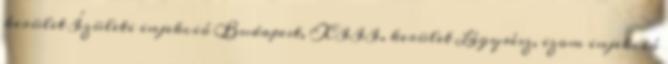
kerület Ízületi injekció Budapest, XIII. kerület Lágyrész, izom injekció